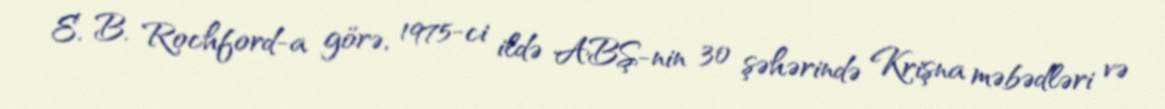
E. B. Rochford-a görə, 1975-ci ildə ABŞ-nin 30 şəhərində Krişna məbədləri və